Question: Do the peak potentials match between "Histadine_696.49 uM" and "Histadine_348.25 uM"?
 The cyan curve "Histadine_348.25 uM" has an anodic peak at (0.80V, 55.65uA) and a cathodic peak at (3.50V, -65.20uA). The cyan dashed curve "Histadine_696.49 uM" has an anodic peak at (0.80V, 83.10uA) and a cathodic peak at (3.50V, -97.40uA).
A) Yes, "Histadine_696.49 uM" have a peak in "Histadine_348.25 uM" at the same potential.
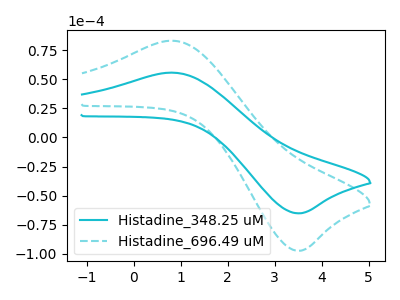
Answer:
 <answer>A) Yes, "Histadine_696.49 uM" have a peak in "Histadine_348.25 uM" at the same potential.</answer>
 <eval>A</eval>